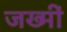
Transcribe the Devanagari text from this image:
जख्मीं